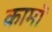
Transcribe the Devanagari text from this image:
कामॉ